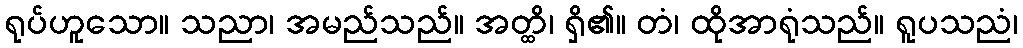
ရုပ်ဟူသော။ သညာ၊ အမည်သည်။ အတ္ထိ၊ ရှိ၏။ တံ၊ ထိုအာရုံသည်။ ရူပသညံ၊